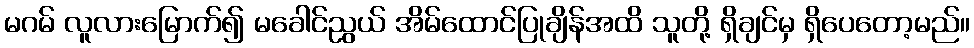
မဂမ် လူလားမြောက်၍ မခေါင်ညွယ် အိမ်ထောင်ပြုချိန်အထိ သူတို့ ရှိချင်မှ ရှိပေတော့မည်။